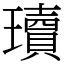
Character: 瓄